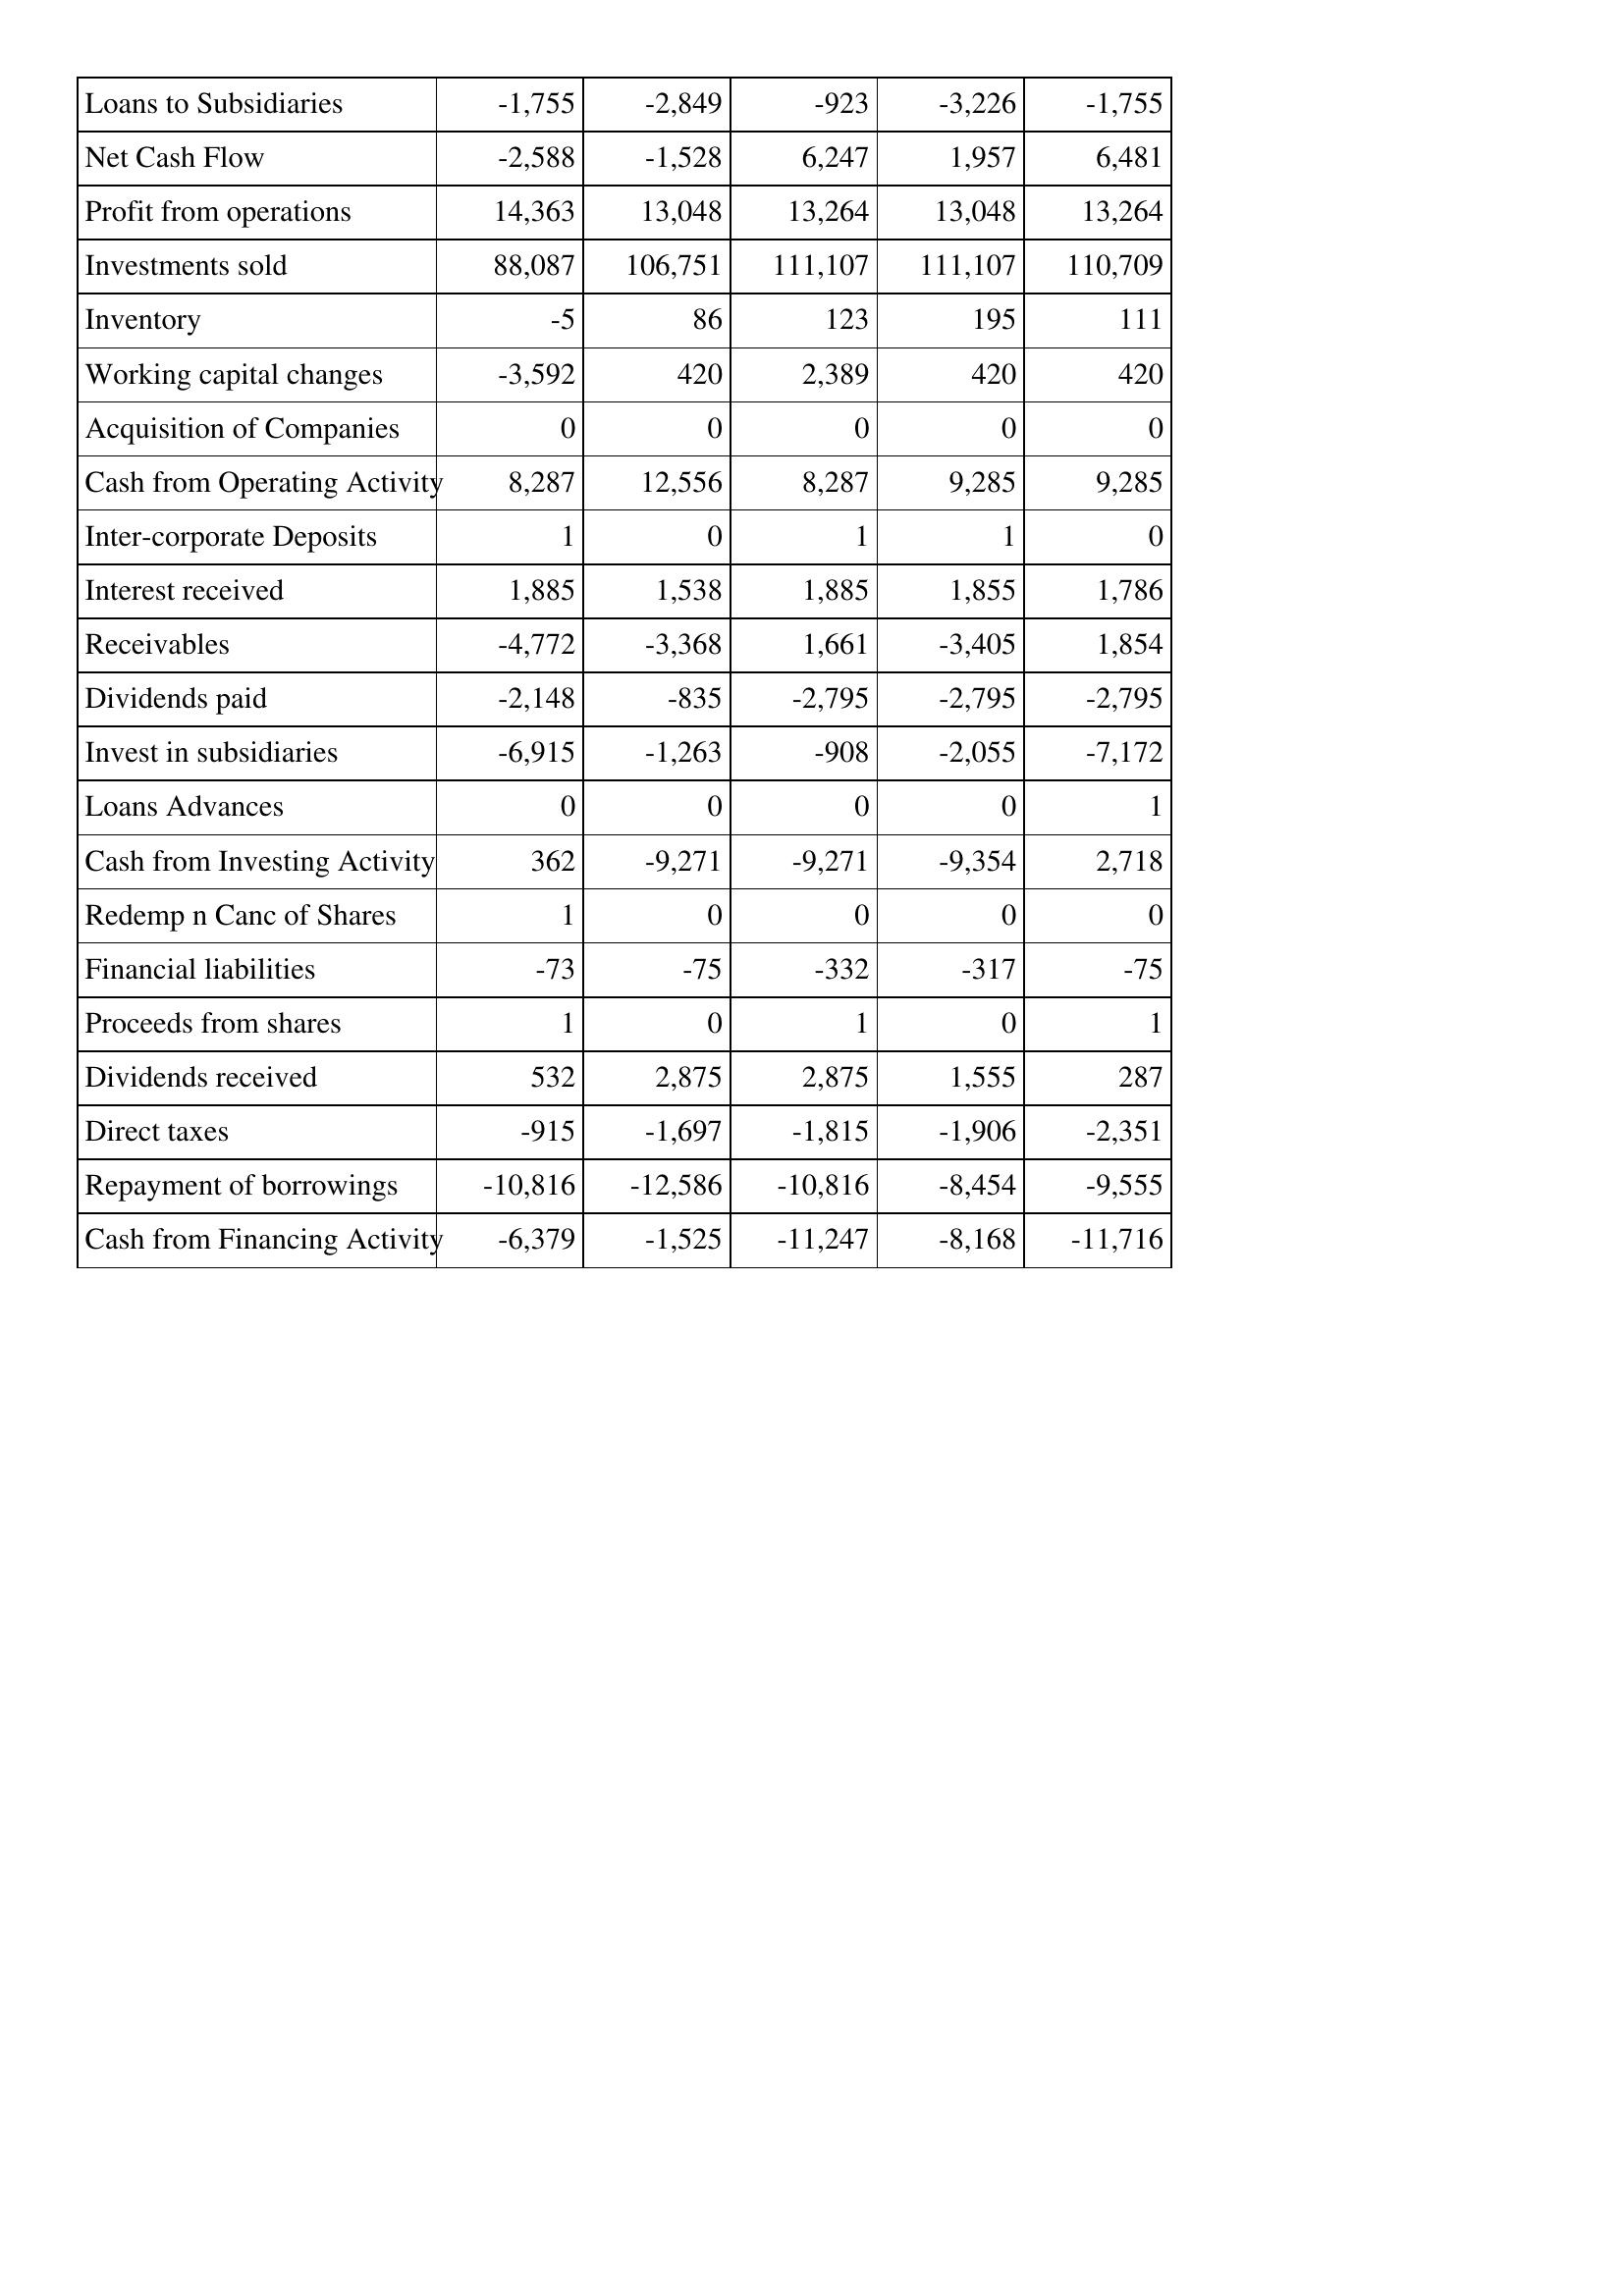
Mar-16: Cash Flows: Loans to Subsidiaries: -1,755
Net Cash Flow: -2,588
Profit from operations: 14,363
Investments sold: 88,087
Inventory: -5
Working capital changes: -3,592
Acquisition of Companies: 0
Cash from Operating Activity: 8,287
Inter-corporate Deposits: 1
Interest received: 1,885
Receivables: -4,772
Dividends paid: -2,148
Invest in subsidiaries: -6,915
Loans Advances: 0
Cash from Investing Activity: 362
Redemp n Canc of Shares: 1
Financial liabilities: -73
Proceeds from shares: 1
Dividends received: 532
Direct taxes: -915
Repayment of borrowings: -10,816
Cash from Financing Activity: -6,379
Mar-15: Cash Flows: Loans to Subsidiaries: -2,849
Net Cash Flow: -1,528
Profit from operations: 13,048
Investments sold: 106,751
Inventory: 86
Working capital changes: 420
Acquisition of Companies: 0
Cash from Operating Activity: 12,556
Inter-corporate Deposits: 0
Interest received: 1,538
Receivables: -3,368
Dividends paid: -835
Invest in subsidiaries: -1,263
Loans Advances: 0
Cash from Investing Activity: -9,271
Redemp n Canc of Shares: 0
Financial liabilities: -75
Proceeds from shares: 0
Dividends received: 2,875
Direct taxes: -1,697
Repayment of borrowings: -12,586
Cash from Financing Activity: -1,525
Mar-14: Cash Flows: Loans to Subsidiaries: -923
Net Cash Flow: 6,247
Profit from operations: 13,264
Investments sold: 111,107
Inventory: 123
Working capital changes: 2,389
Acquisition of Companies: 0
Cash from Operating Activity: 8,287
Inter-corporate Deposits: 1
Interest received: 1,885
Receivables: 1,661
Dividends paid: -2,795
Invest in subsidiaries: -908
Loans Advances: 0
Cash from Investing Activity: -9,271
Redemp n Canc of Shares: 0
Financial liabilities: -332
Proceeds from shares: 1
Dividends received: 2,875
Direct taxes: -1,815
Repayment of borrowings: -10,816
Cash from Financing Activity: -11,247
Mar-13: Cash Flows: Loans to Subsidiaries: -3,226
Net Cash Flow: 1,957
Profit from operations: 13,048
Investments sold: 111,107
Inventory: 195
Working capital changes: 420
Acquisition of Companies: 0
Cash from Operating Activity: 9,285
Inter-corporate Deposits: 1
Interest received: 1,855
Receivables: -3,405
Dividends paid: -2,795
Invest in subsidiaries: -2,055
Loans Advances: 0
Cash from Investing Activity: -9,354
Redemp n Canc of Shares: 0
Financial liabilities: -317
Proceeds from shares: 0
Dividends received: 1,555
Direct taxes: -1,906
Repayment of borrowings: -8,454
Cash from Financing Activity: -8,168
Mar-12: Cash Flows: Loans to Subsidiaries: -1,755
Net Cash Flow: 6,481
Profit from operations: 13,264
Investments sold: 110,709
Inventory: 111
Working capital changes: 420
Acquisition of Companies: 0
Cash from Operating Activity: 9,285
Inter-corporate Deposits: 0
Interest received: 1,786
Receivables: 1,854
Dividends paid: -2,795
Invest in subsidiaries: -7,172
Loans Advances: 1
Cash from Investing Activity: 2,718
Redemp n Canc of Shares: 0
Financial liabilities: -75
Proceeds from shares: 1
Dividends received: 287
Direct taxes: -2,351
Repayment of borrowings: -9,555
Cash from Financing Activity: -11,716